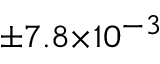
^ { \pm 7 . 8 \times 1 0 ^ { - 3 } }